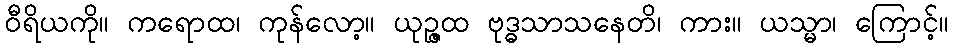
ဝီရိယကို။ ကရောထ၊ ကုန်လော့။ ယုဉ္ဇထ ဗုဒ္ဓသာသနေတိ၊ ကား။ ယသ္မာ၊ ကြောင့်။